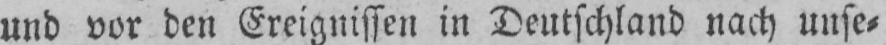
und vor den Ereignissen in Deutschland nach unse⸗